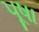
પૂષા